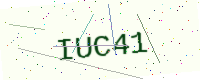
Text: IUC41